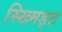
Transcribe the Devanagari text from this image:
स्ख्मिड्ट